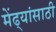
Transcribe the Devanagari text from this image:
मेंढ्यांसाठी